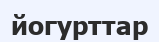
йогурттар